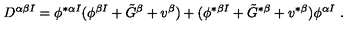
D ^ { \alpha \beta I } = \phi ^ { * \alpha I } ( \phi ^ { \beta I } + \tilde { G } ^ { \beta } + v ^ { \beta } ) + ( \phi ^ { * \beta I } + \tilde { G } ^ { * \beta } + v ^ { * \beta } ) \phi ^ { \alpha I } \ .